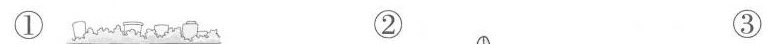
① ② ③